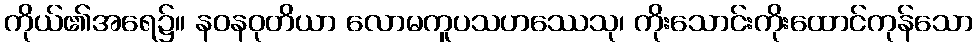
ကိုယ်၏အရေ၌။ နဝနဝုတိယာ လောမကူပသဟဿေသု၊ ကိုးသောင်းကိုးထောင်ကုန်သော